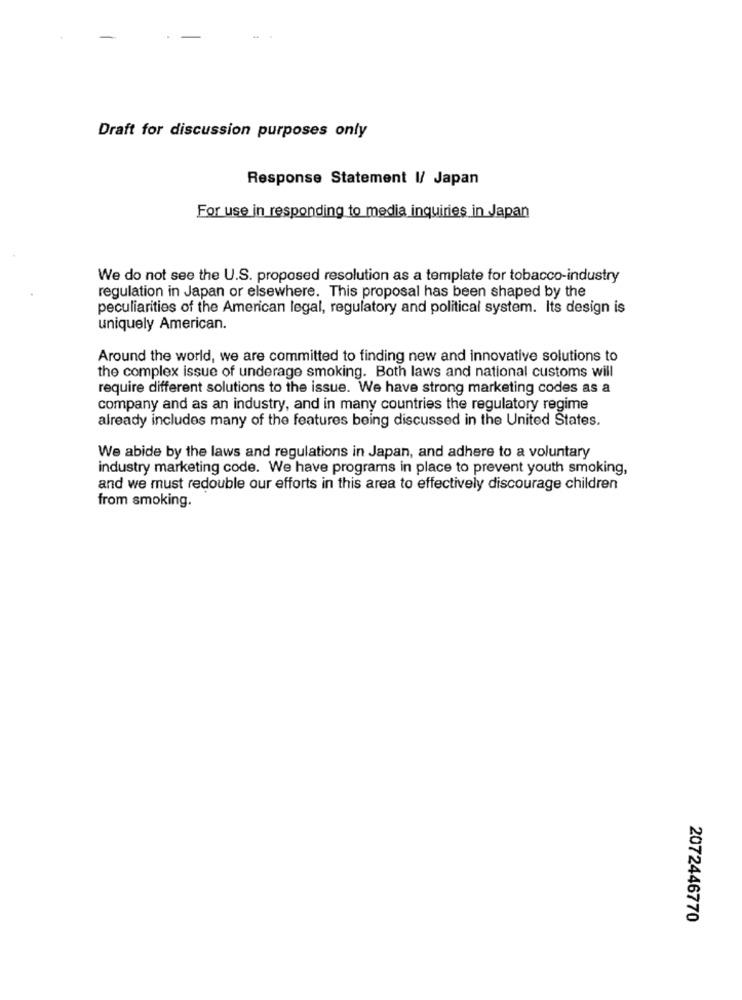
Draft for discussion purposes only
Response Statement I/ Japan
For use in responding to media inquiries in Japan
We do not see the U.S. proposed resolution as a template for tobacco-industry
regulation in Japan or elsewhere. This proposal has been shaped by the
peculiarities of the American legal, regulatory and political system. Its design is
uniquely American.
Around the world, we are committed to finding new and innovative solutions to
the complex issue of underage smoking. Both laws and national customs will
require different solutions to the issue. We have strong marketing codes as a
company and as an industry, and in many countries the regulatory regime
already includes many of the features being discussed in the United States.
We abide by the laws and regulations in Japan, and adhere to a voluntary
industry marketing code. We have programs in place to prevent youth smoking,
and we must redouble our efforts in this area to effectively discourage children
from smoking.
2072446770